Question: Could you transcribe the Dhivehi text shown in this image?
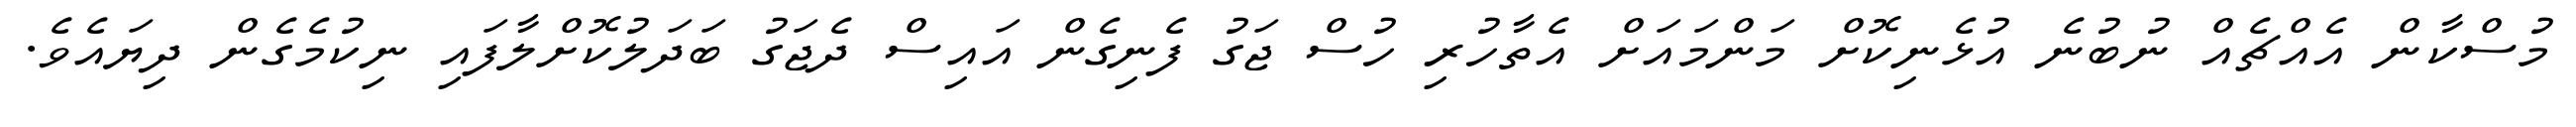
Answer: މުސްކާން އެއްޗެއް ނުބުނެ އުޅެނިކޮށް މަންމައަށް އެތާހުރި ހުސް ޖަގު ފެނިގެން އައިސް ދެޖަގު ބަދަލުކޮށްލާފައި ނިކުމެގެން ދިޔައެވެ.